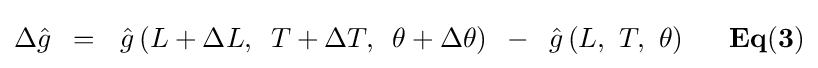
\Delta {\hat {g}}\,\,\,=\,\,\,\,{\hat {g}}\left({L+\Delta L,\,\,\,T+\Delta T,\,\,\,\theta +\Delta \theta }\right)\,\,\,-\,\,\,{\hat {g}}\left({L,\,\,T,\,\,\theta }\right){\mathbf {\,\,\,\,\,\,\,\,\,Eq(3)} }